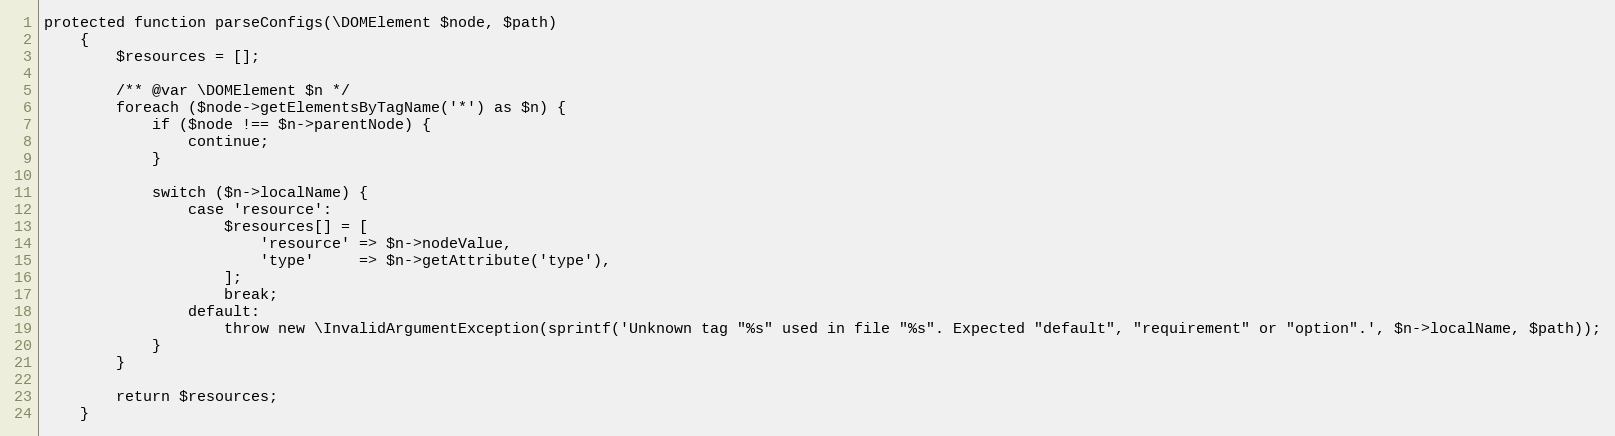
Language: PHP
protected function parseConfigs(\DOMElement $node, $path)
    {
        $resources = [];

        /** @var \DOMElement $n */
        foreach ($node->getElementsByTagName('*') as $n) {
            if ($node !== $n->parentNode) {
                continue;
            }

            switch ($n->localName) {
                case 'resource':
                    $resources[] = [
                        'resource' => $n->nodeValue,
                        'type'     => $n->getAttribute('type'),
                    ];
                    break;
                default:
                    throw new \InvalidArgumentException(sprintf('Unknown tag "%s" used in file "%s". Expected "default", "requirement" or "option".', $n->localName, $path));
            }
        }

        return $resources;
    }